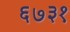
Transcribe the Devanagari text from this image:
६७३१